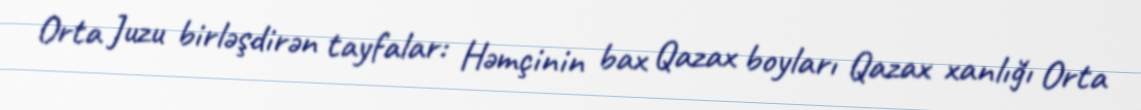
Orta Juzu birləşdirən tayfalar: Həmçinin bax Qazax boyları Qazax xanlığı Orta